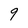
Character: 9